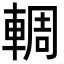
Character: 輖